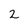
Character: 2